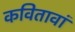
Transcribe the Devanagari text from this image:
कवितावां